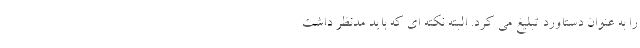
را به عنوان دستاورد تبلیغ می کرد. البته نکته ای که باید مدنظر داشت